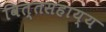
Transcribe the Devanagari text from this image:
वित्तसहाय्य